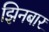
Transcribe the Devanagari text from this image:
झिनबार